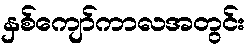
နှစ်ကျော်ကာလအတွင်း